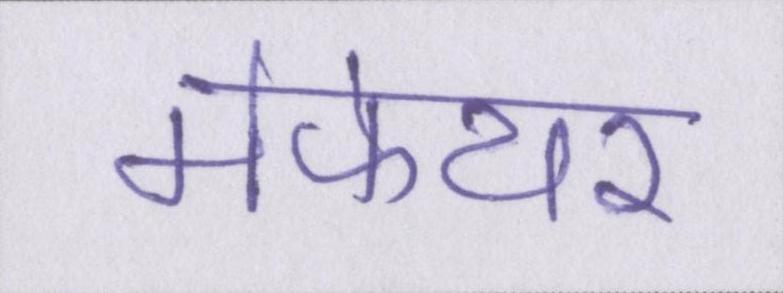
मेफेयर